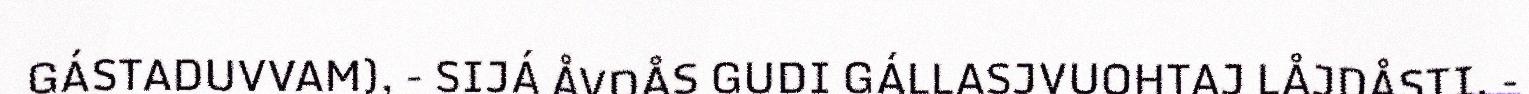
GÁSTADUVVAM), - SIJÁ ÅVDÅS GUDI GÁLLASJVUOHTAJ LÅJDÅSTI, -